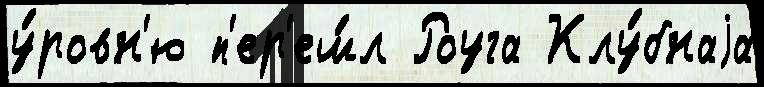
у́ровн'ю п'ер'еш́л Роуга Клу́бнаjа